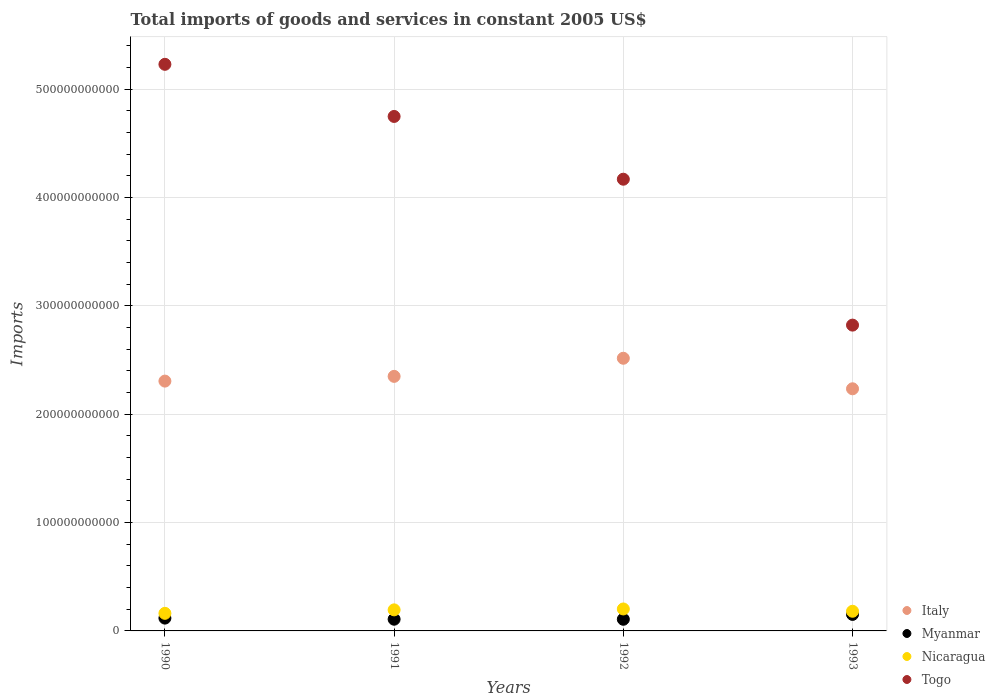
| Years | Italy | Myanmar | Nicaragua | Togo |
 | --- | --- | --- | --- | --- |
 | 1990 | 2.31e+11 | 1.18e+10 | 1.62e+10 | 5.23e+11 |
 | 1991 | 2.35e+11 | 1.08e+10 | 1.94e+10 | 4.75e+11 |
 | 1992 | 2.52e+11 | 1.07e+10 | 2.03e+10 | 4.17e+11 |
 | 1993 | 2.23e+11 | 1.52e+10 | 1.81e+10 | 2.82e+11 |